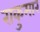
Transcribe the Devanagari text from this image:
राकुमार